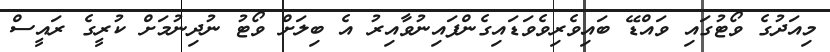
މިއަދުގެ ވޯޓުގައި ވައްޑޭ ބައިވެރިވެވަޑައިގެންފައިނުވާއިރު އެ ބިލަށް ވޯޓު ނުދިނުމަށް ކުރީގެ ރައީސް